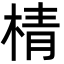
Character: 棈